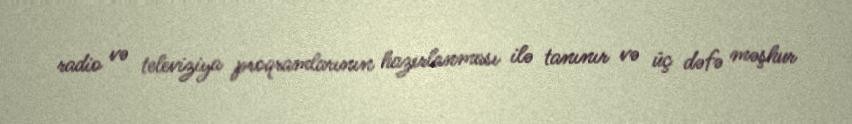
radio və televiziya proqramlarının hazırlanması ilə tanınır və üç dəfə məşhur